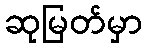
ဆုမြတ်မှာ